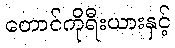
တောင်ကိုရီးယားနှင့်